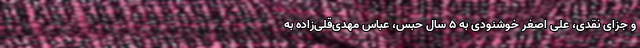
و جزای نقدی، علی اصغر خوشنودی به ۵ سال حبس، عباس مهدی‌قلی‌زاده به